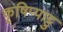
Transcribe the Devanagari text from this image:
कृषिप्पाट्टु